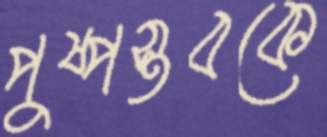
পুষ্পস্তবকে